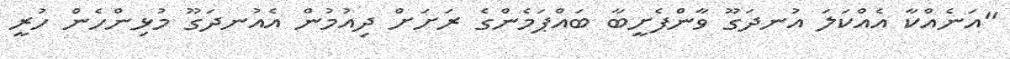
"އަނެއްކާ އެއްކަލަ އުނދަގޫ ވާންފެށީބާ ބައްޕަމެންގެ ރަށަށް ދިއުމުން އެއުނދަގޫ މުޅިންހެން ހުރީ